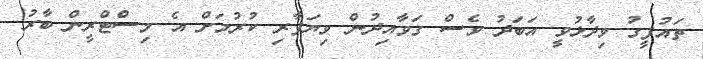
ތައުފީގު ވިދާޅުވީ އަބަދު ވެސް ގަވާއިދުން ވިޔަފާރި ކުރުމަށް އެ މިސްޓްރީން ބާރު